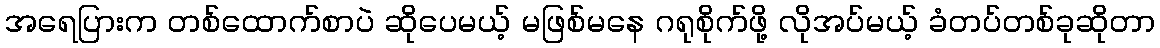
အရေပြားက တစ်ထောက်စာပဲ ဆိုပေမယ့် မဖြစ်မနေ ဂရုစိုက်ဖို့ လိုအပ်မယ့် ခံတပ်တစ်ခုဆိုတာ